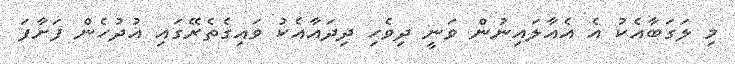
މި ލަގަބާއެކު އެ އެއާލައިނުން ވަނީ ދިވެހި ދިދައާއެކު ވައިގެތެރޭގައި އުދުހެން ފަށާފަ